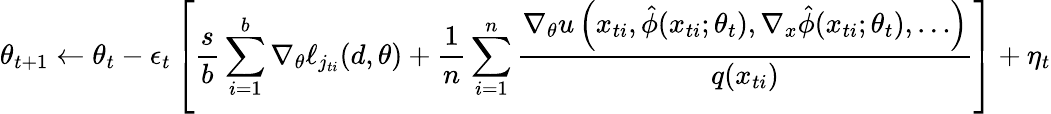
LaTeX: \theta_{t+1}\leftarrow\theta_{t}-\epsilon_{t}\left[\frac{s}{b}\sum_{i=1}^{b}\nabla_{\theta}\ell_{j_{ti}}(d,\theta)+\frac{1}{n}\sum_{i=1}^{n}\frac{\nabla_{\theta}u\left(x_{ti},\hat{\phi}(x_{ti};\theta_{t}),\nabla_{x}\hat{\phi}(x_{ti};\theta_{t}),\dots\right)}{q(x_{ti})}\right]+\eta_{t}